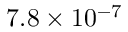
7 . 8 \times 1 0 ^ { - 7 }